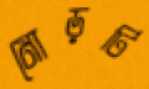
মোড়টি